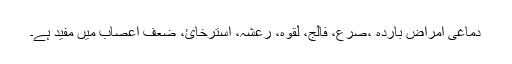
دماغی امراضِ باردہ ،صرع، فالج، لقوہ، رعشہ، استرخائ، ضعفِ اعصاب میں مفید ہے۔